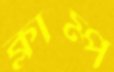
ক্লাম্প